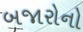
બજારોનો